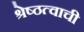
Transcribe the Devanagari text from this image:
श्रेष्ठत्वाची